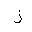
Letter: _zay